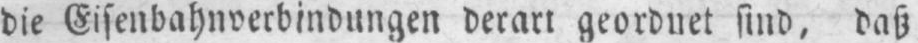
die Eisenbahnverbindungen derart geordnet sind, daß